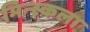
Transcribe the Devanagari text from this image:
मिन्स्कला